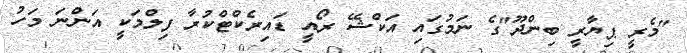
"މެރީ ޕިޔާރީ ބިންދޫ"ގެ ނަމުގައި އަކްޝޭ ރޯއީ ޑައިރެކްޓްކުރާ ފިލްމަކީ އަންނަ މަހު